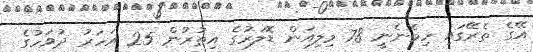
އޭގެ ތެރޭގައި ހިމެނެނީ 78 މިލިއަން ޑޮލަރުގެ އިތުރުން 25 އަހަރު ދުވަހުގެ